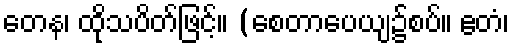
တေန၊ ထိုသပိတ်ဖြင့်။ (စေတာပေယျ၌စပ်။ ဧတံ၊